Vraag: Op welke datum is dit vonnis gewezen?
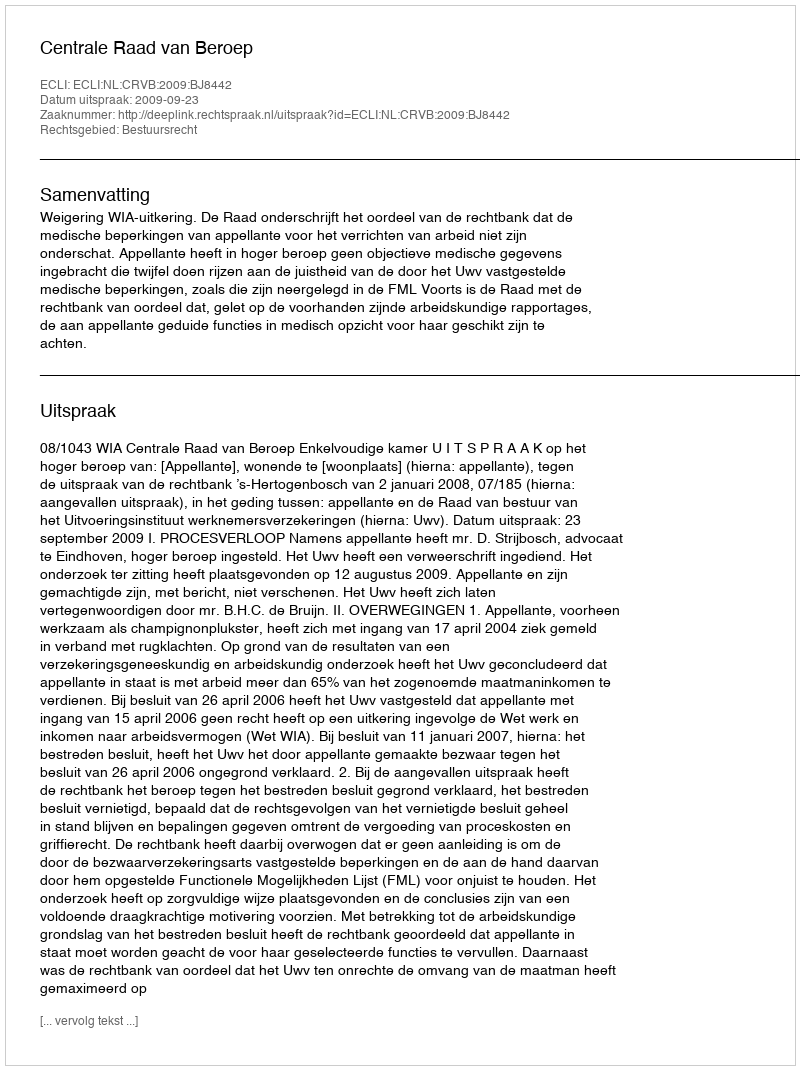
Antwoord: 2009-09-23